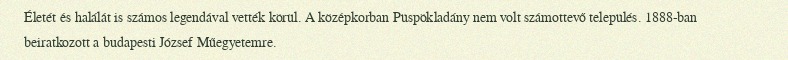
Életét és halálát is számos legendával vették körül. A középkorban Püspökladány nem volt számottevő település. 1888-ban beiratkozott a budapesti József Műegyetemre.